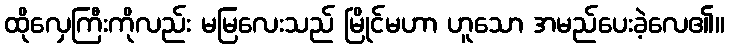
ထိုလှေကြီးကိုလည်း မမြလေးသည် မြိုင်မဟာ ဟူသော အမည်ပေးခဲ့လေ၏။